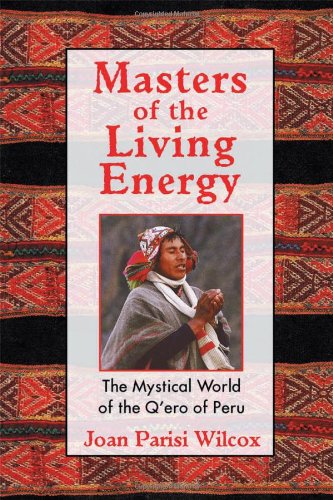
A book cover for Masters of the Living Energy: The Mystical World of the Q'ero of Peru; Joan Parisi Wilcox; Religion & Spirituality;